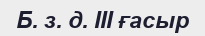
Б. з. д. III ғасыр